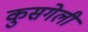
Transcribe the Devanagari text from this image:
कुसगेली